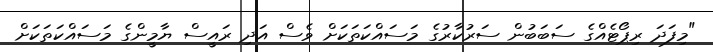
"މިފަދަ ރިޕޯޓެއްގެ ސަބަބުން ސަރުކާރުގެ މަސައްކަތަކަށް ވެސް އަދި ރައީސް ޔާމީންގެ މަސައްކަތަކަށް